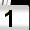
Digit: 1